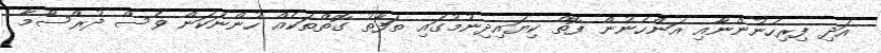
އަދި ފިރިހެނުންނާއި އަންހެނުން ފޮތް ކިޔައިދިނުމުގައި ތަފާތު ގޮތްތަކެއް ހުންނަކަން ވެސް ދުރްސޫމާ